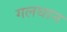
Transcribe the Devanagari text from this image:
गलथान